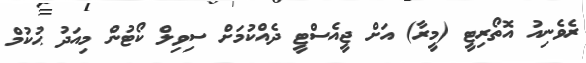
ރެވެނިއު އޮތޯރިޓީ (މީރާ) އަށް ޖީއެސްޓީ ދެއްކުމަށް ސިވިލް ކޯޓުން މިއަދު ޙުކުމް